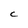
Character: C